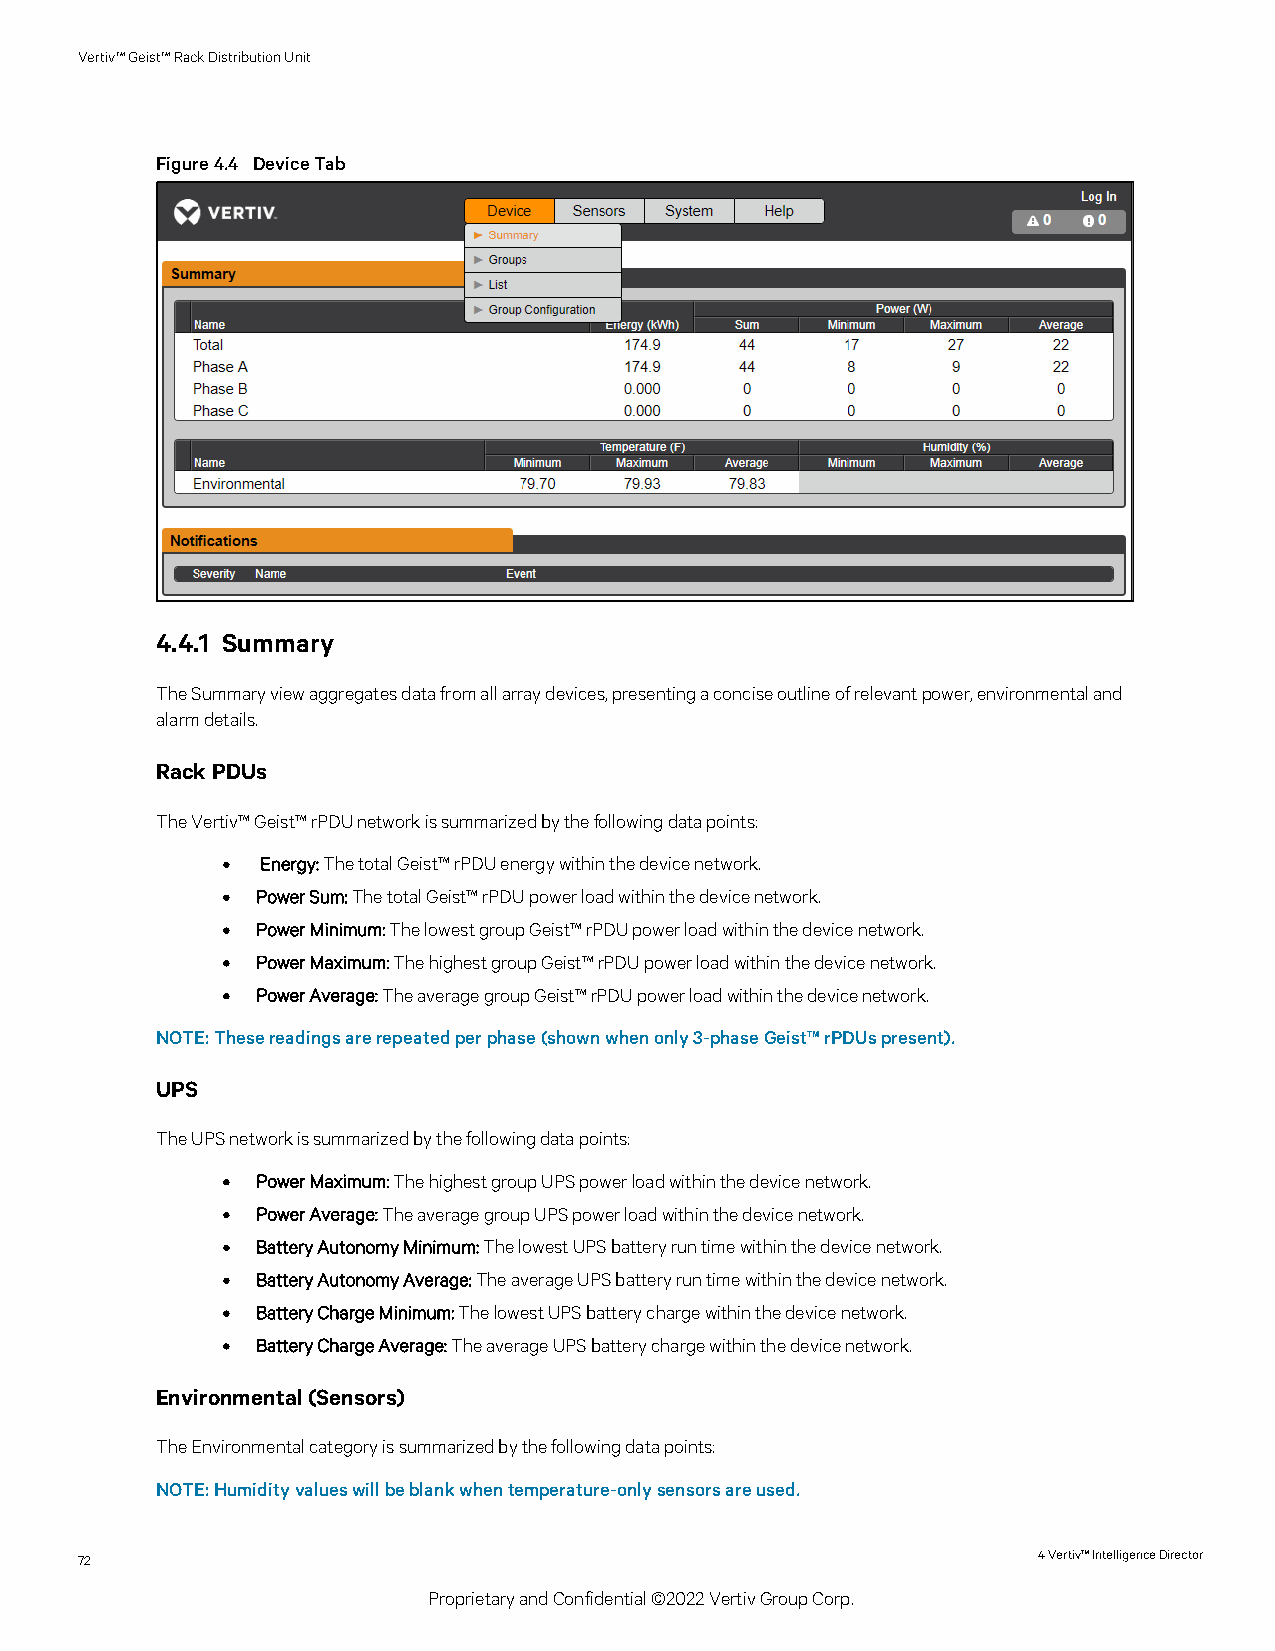
Vertiv™Geist™RackDistributionUnit
 Figure4.4 DeviceTab
 4.4.1 Summary
 TheSummaryviewaggregatesdatafromallarraydevices,presentingaconciseoutlineofrelevantpower,environmentaland
 alarmdetails.
 RackPDUs
 TheVertiv™Geist™rPDUnetworkissummarizedbythefollowingdatapoints:
 • Energy:ThetotalGeist™rPDUenergywithinthedevicenetwork.
 • PowerSum:ThetotalGeist™rPDUpowerloadwithinthedevicenetwork.
 • PowerMinimum:ThelowestgroupGeist™rPDUpowerloadwithinthedevicenetwork.
 • PowerMaximum:ThehighestgroupGeist™rPDUpowerloadwithinthedevicenetwork.
 • PowerAverage:TheaveragegroupGeist™rPDUpowerloadwithinthedevicenetwork.
 NOTE:Thesereadingsarerepeatedperphase(shownwhenonly3-phaseGeist™rPDUspresent).
 UPS
 TheUPSnetworkissummarizedbythefollowingdatapoints:
 • PowerMaximum:ThehighestgroupUPSpowerloadwithinthedevicenetwork.
 • PowerAverage:TheaveragegroupUPSpowerloadwithinthedevicenetwork.
 • BatteryAutonomyMinimum:ThelowestUPSbatteryruntimewithinthedevicenetwork.
 • BatteryAutonomyAverage:TheaverageUPSbatteryruntimewithinthedevicenetwork.
 • BatteryChargeMinimum:ThelowestUPSbatterychargewithinthedevicenetwork.
 • BatteryChargeAverage:TheaverageUPSbatterychargewithinthedevicenetwork.
 Environmental(Sensors)
 TheEnvironmentalcategoryissummarizedbythefollowingdatapoints:
 NOTE:Humidityvalueswillbeblankwhentemperature-onlysensorsareused.
 72                                                              4Vertiv™IntelligenceDirector
 ProprietaryandConfidential©2022VertivGroupCorp.